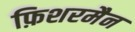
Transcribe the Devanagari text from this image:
फ़िशरमैन